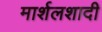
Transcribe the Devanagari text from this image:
मार्शलशादी